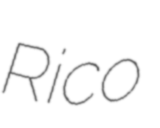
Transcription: Rico